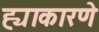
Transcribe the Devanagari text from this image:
ह्याकारणे